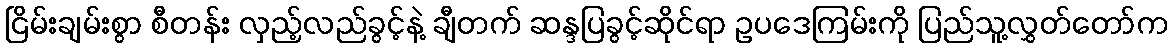
ငြိမ်းချမ်းစွာ စီတန်း လှည့်လည်ခွင့်နဲ့ ချီတက် ဆန္ဒပြခွင့်ဆိုင်ရာ ဥပဒေကြမ်းကို ပြည်သူ့လွှတ်တော်က